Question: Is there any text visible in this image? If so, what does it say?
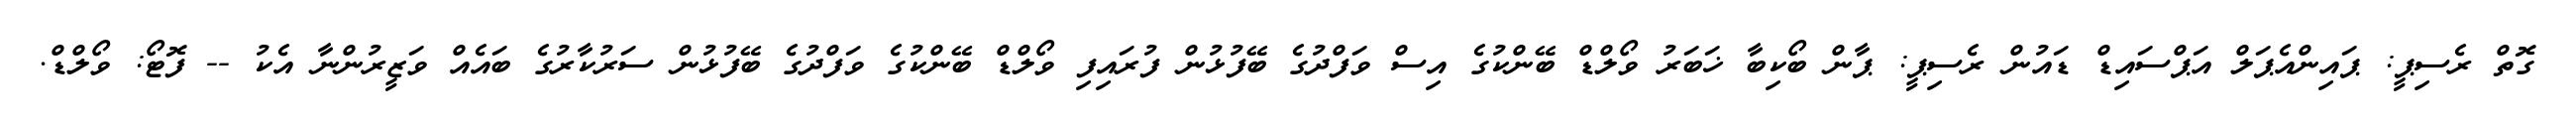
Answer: ގޮތް ރެސިޕީ: ޕައިންއެޕަލް އަޕްސައިޑް ޑައުން ރެސިޕީ: ޕާން ބޯކިބާ ޚަބަރު ވޯލްޑް ބޭންކުގެ އިސް ވަފްދުގެ ބޭފުޅުން ފުރައިފި ވޯލްޑް ބޭންކުގެ ވަފްދުގެ ބޭފުޅުން ސަރުކާރުގެ ބައެއް ވަޒީރުންނާ އެކު -- ފޮޓޯ: ވޯލްޑް.